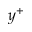
y ^ { + }